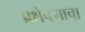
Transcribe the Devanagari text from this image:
प्रक्षेपणाचा